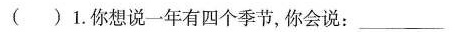
( )1.你想说一年有四个季节,你会说:___